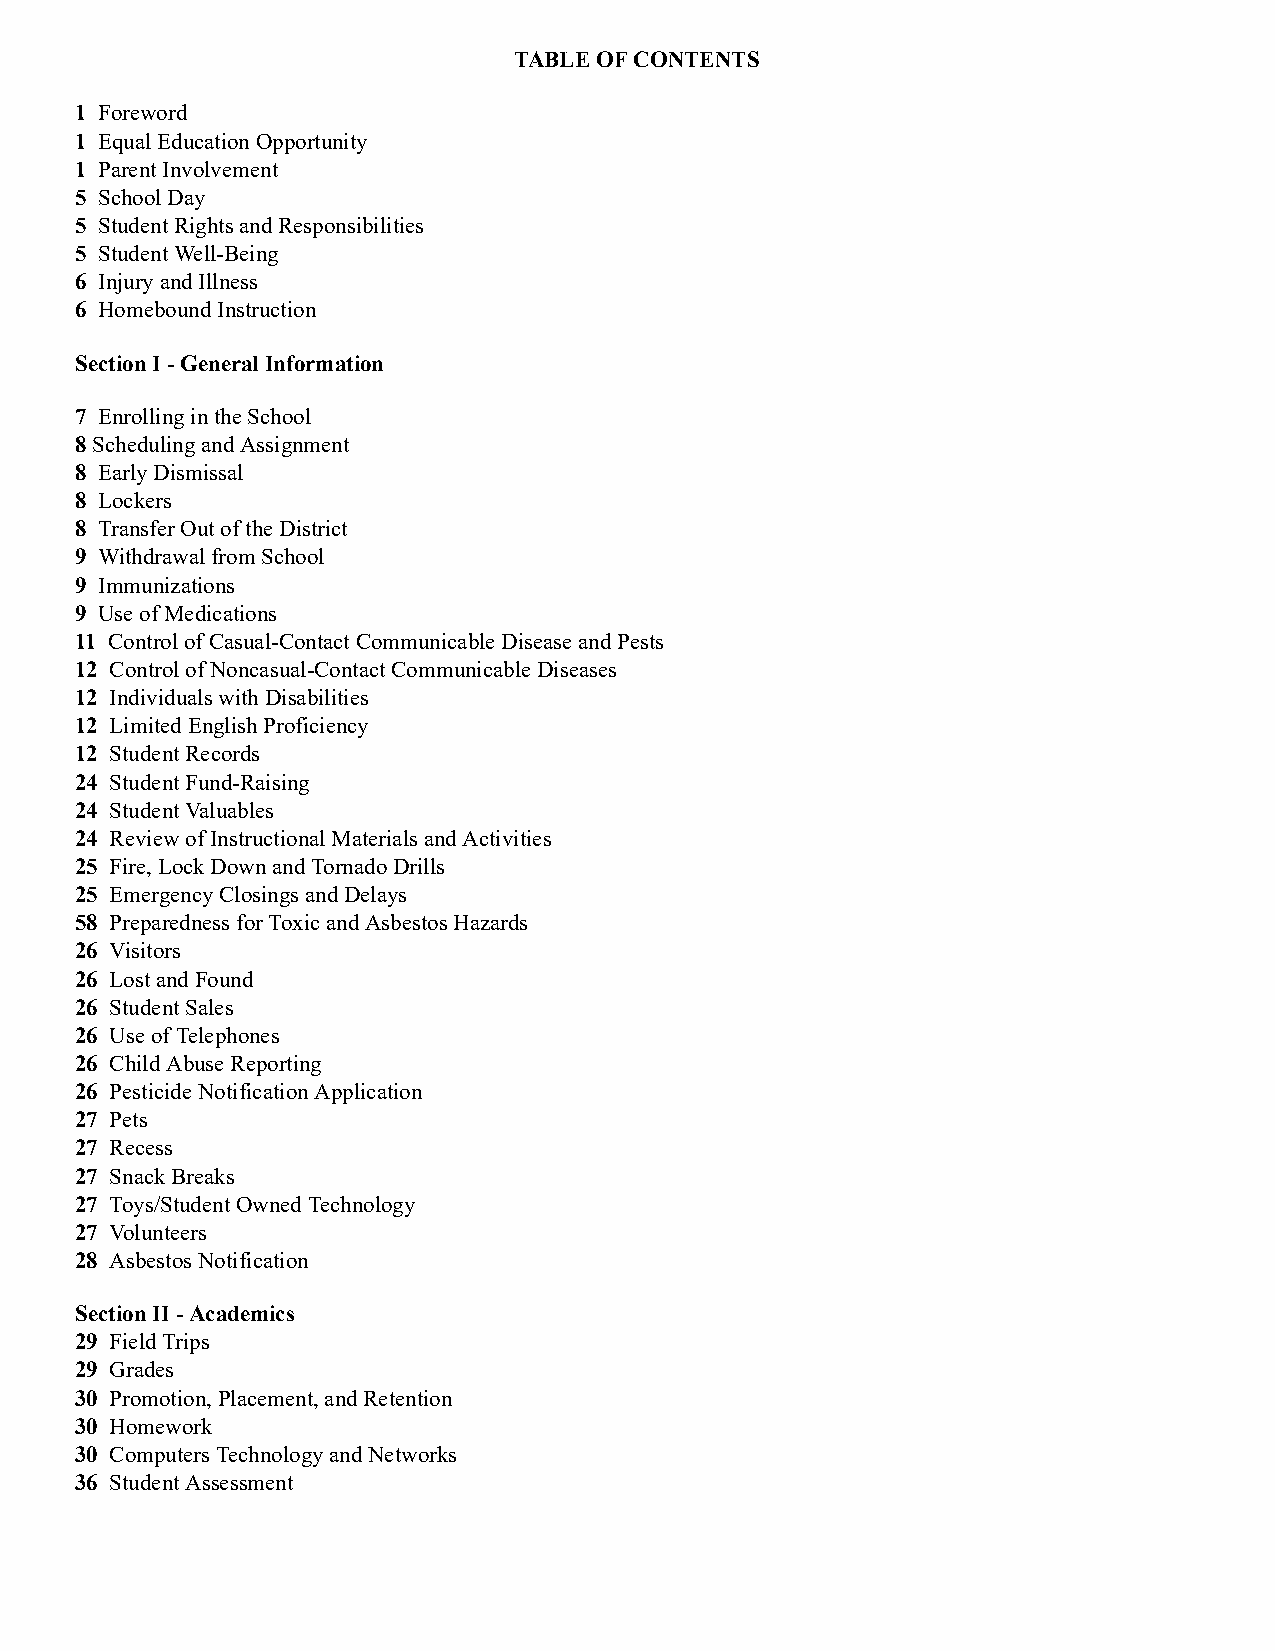
TABLE OF CONTENTS
 1 Foreword
 1 Equal Education Opportunity
 1 Parent Involvement
 5 School Day
 5 Student Rights and Responsibilities
 5 Student Well-Being
 6 Injury and Illness
 6 Homebound Instruction
 Section I - General Information
 7 Enrolling in the School
 8 Scheduling and Assignment
 8 Early Dismissal
 8 Lockers
 8 Transfer Out of the District
 9 Withdrawal from School
 9 Immunizations
 9 U se of Medications
 11 Control of Casual-Contact Communicable Disease and Pests
 12 Control of Noncasual-Contact Communicable Diseases
 12 Individuals with Disabilities
 12 Limited English Proficiency
 12 Student Records
 24 S tudent Fund-Raising
 24 S tudent Valuables
 24 R eview of Instructional Materials and Activities
 25 Fire, Lock Down and Tornado Drills
 25 Emergency Closings and Delays
 58 Preparedness for Toxic and Asbestos Hazards
 26 Visitors
 26 Lost and Found
 26 Student Sales
 26 Use of Telephones
 26 Child Abuse Reporting
 26 Pesticide Notification Application
 27 Pets
 27 Recess
 27 Snack Breaks
 27 Toys/Student Owned Technology
 27 Volunteers
 28 Asbestos Notification
 Section II - Academics
 29 Field Trips
 29 Grades
 30 Promotion, Placement, and Retention
 30 Homework
 30 C omputers Technology and Networks
 36 Student Assessment